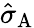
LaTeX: \hat{\sigma}_{\mathrm{A}}